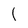
Character: 1